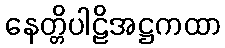
နေတ္တိပါဠိအဋ္ဌကထာ